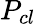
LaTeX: P_{cl}